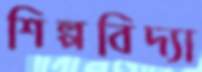
শিল্পবিদ্যা